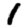
Digit: 1